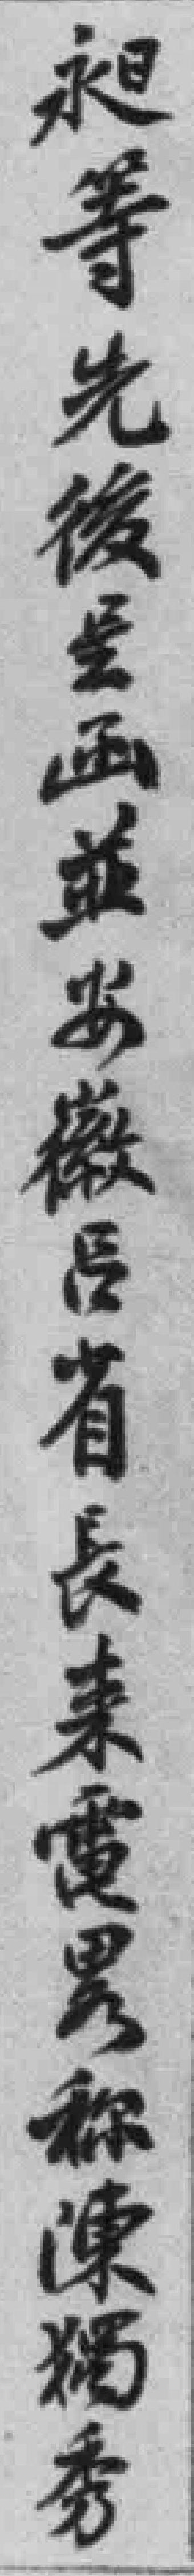
昶等先後呈函並安徽吕省長来電称陳獨秀